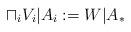
LaTeX: \begin{align*}\sqcap_i V_i|A_i:=W|A_\ast\end{align*}